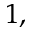
^ { 1 , }